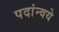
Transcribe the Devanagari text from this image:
पदांन्वये